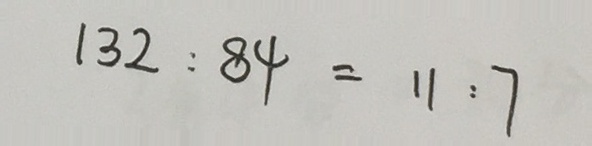
1 3 2 : 8 4 = 1 1 : 7